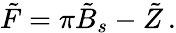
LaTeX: \tilde{F}=\pi\tilde{B}_{s}-\tilde{Z}\, .